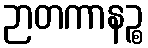
ဉာတကာနဉ္စ